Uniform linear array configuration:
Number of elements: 4
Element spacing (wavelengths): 1
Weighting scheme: kaiser
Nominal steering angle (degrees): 15
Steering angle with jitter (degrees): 16.815
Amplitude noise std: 0.05
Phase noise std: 0.05

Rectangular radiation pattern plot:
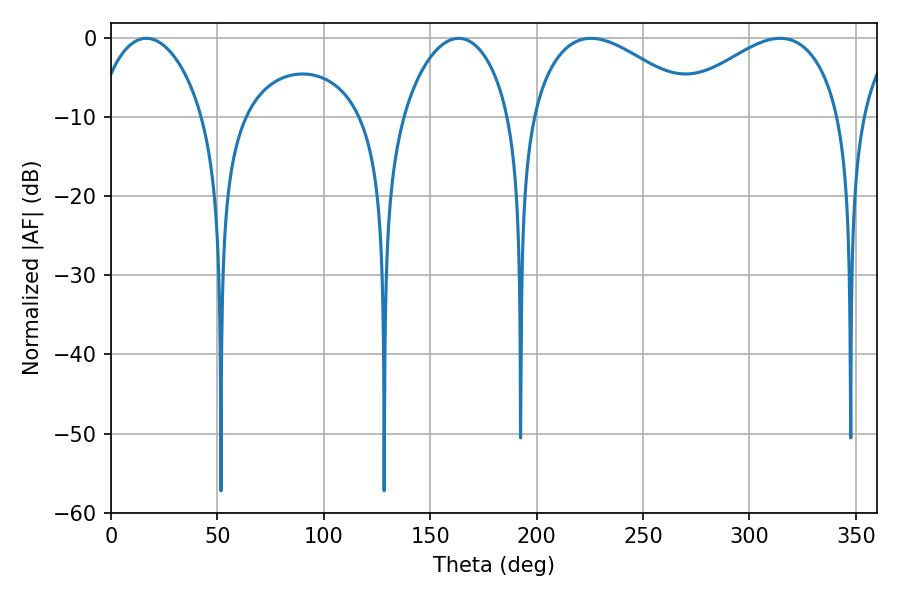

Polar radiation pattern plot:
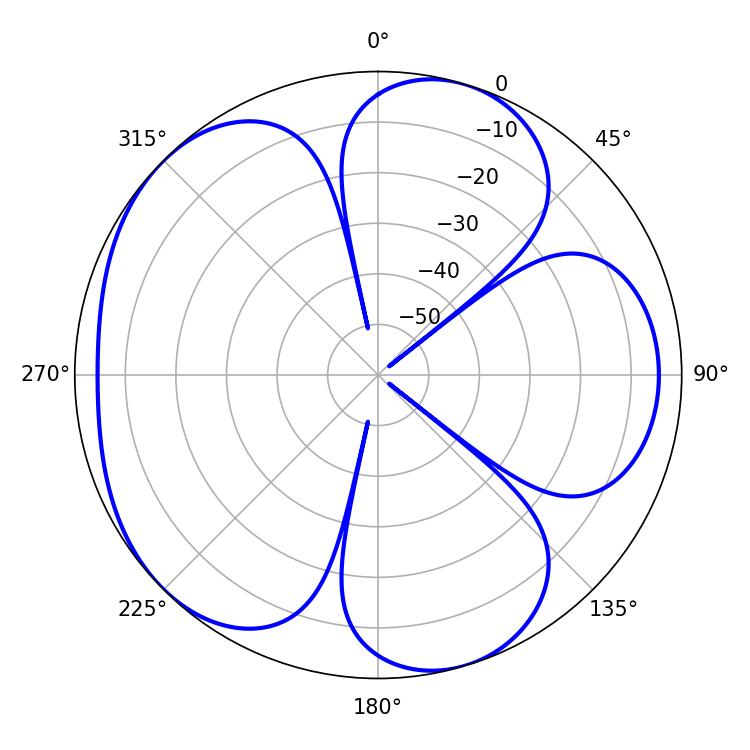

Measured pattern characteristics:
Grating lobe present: TRUE
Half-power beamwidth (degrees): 43.56
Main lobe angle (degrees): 225.54